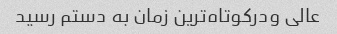
عالی ودرکوتاه‌ترین زمان به دستم رسید